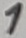
Text: 1